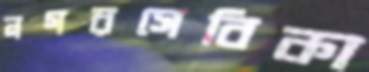
নগরসেবিকা